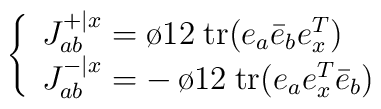
\left\{\begin{array}{l}J^{+\vert x}_{ab} = {\o{1}{2}} \hskip 3pt \mbox{tr} (e_a {\bar e}_b e_x^T)\\J^{-\vert x}_{ab} = - \,{\o{1}{2}} \hskip 3pt \mbox{tr} (e_a e_x^T{\bar e}_b )\end{array}\right.